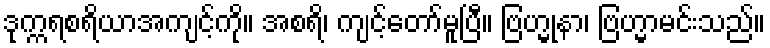
ဒုက္ကရစရိယာအကျင့်ကို။ အစရိ၊ ကျင့်တော်မူပြီ။ ဗြဟ္မုနာ၊ ဗြဟ္မာမင်းသည်။